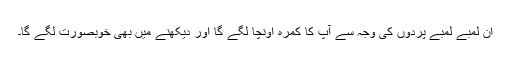
ان لمبے لمبے پردوں کی وجہ سے آپ کا کمرہ اونچا لگے گا اور دیکھنے میں بھی خوبصورت لگے گا۔